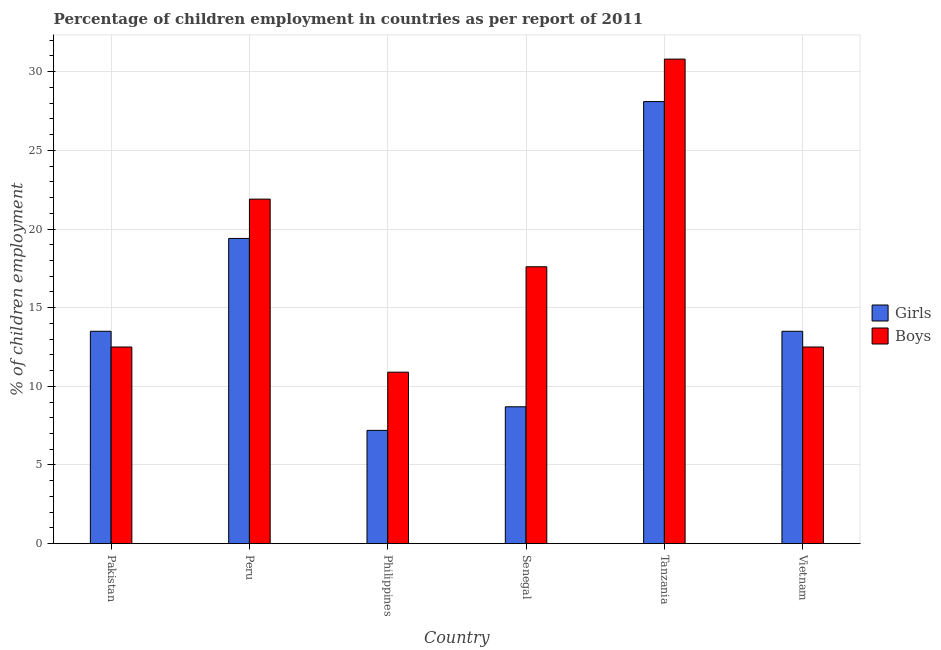
| Country | Girls | Boys |
 | --- | --- | --- |
 | Pakistan | 13.5 | 12.5 |
 | Peru | 19.4 | 21.9 |
 | Philippines | 7.2 | 10.9 |
 | Senegal | 8.7 | 17.6 |
 | Tanzania | 28.1 | 30.8 |
 | Vietnam | 13.5 | 12.5 |